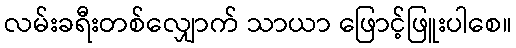
လမ်းခရီးတစ်လျှောက် သာယာ ဖြောင့်ဖြူးပါစေ။